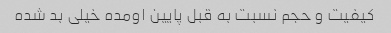
کیفیت و حجم نسبت به قبل پایین اومده خیلی بد شده